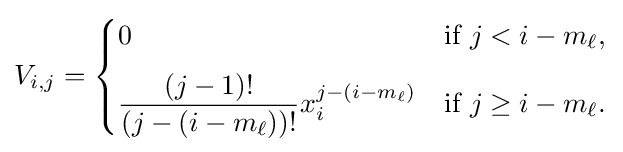
V_{i,j}={\begin{cases}0&{\text{if }}j<i-m_{\ell },\\[6pt]{\dfrac {(j-1)!}{(j-(i-m_{\ell }))!}}x_{i}^{j-(i-m_{\ell })}&{\text{if }}j\geq i-m_{\ell }.\end{cases}}